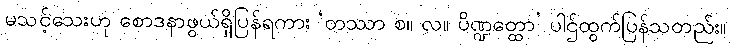
မသင့်သေးဟု စောဒနာဖွယ်ရှိပြန်ရကား ‘တဿာ စ။ လ။ ပိဏ္ဍတ္ထော’ ပါဌ်ထွက်ပြန်သတည်း။